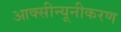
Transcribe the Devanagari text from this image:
आक्सीन्यूनीकरण